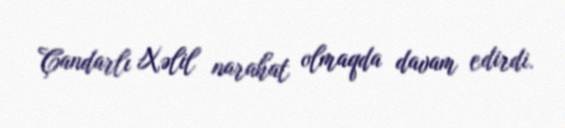
Çandarlı Xəlil narahat olmaqda davam edirdi.